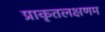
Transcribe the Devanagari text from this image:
प्राकृतलक्षणम